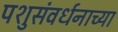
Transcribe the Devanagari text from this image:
पशुसंवर्धनाच्या